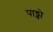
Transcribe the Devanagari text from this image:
पाड्वो